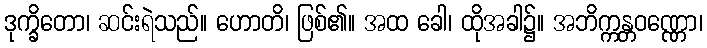
ဒုက္ခိတော၊ ဆင်းရဲသည်။ ဟောတိ၊ ဖြစ်၏။ အထ ခေါ၊ ထိုအခါ၌။ အဘိက္ကန္တဝဏ္ဏော၊